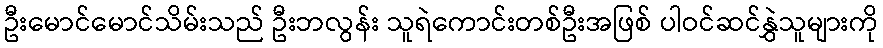
ဦးမောင်မောင်သိမ်းသည် ဦးဘလွန်း သူရဲကောင်းတစ်ဦးအဖြစ် ပါဝင်ဆင်နွှဲသူများကို